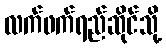
လက်ဖက်ရည်ဆိုင်သို့